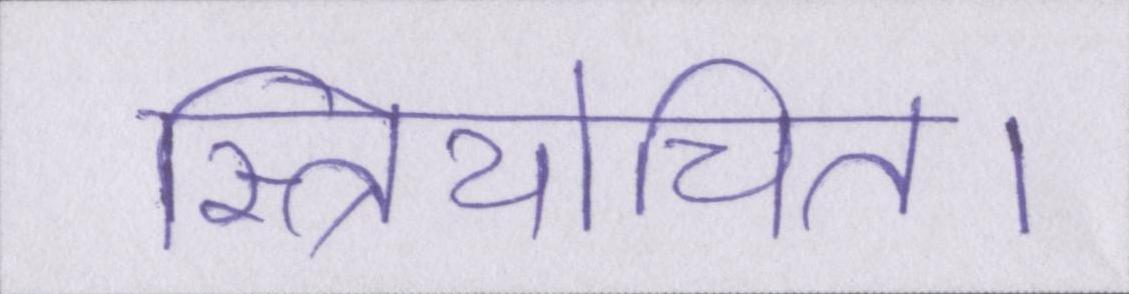
स्त्रियोचित।